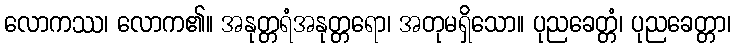
လောကဿ၊ လောက၏။ အနုတ္တရံအနုတ္တရော၊ အတုမရှိသော။ ပုညခေတ္တံ၊ ပုညခေတ္တာ၊